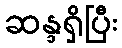
ဆန္ဒရှိပြီး